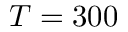
T = 3 0 0